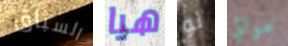
السباق هيا لو موالي